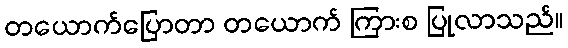
တယောက်ပြောတာ တယောက် ကြားစ ပြုလာသည်။